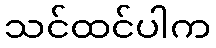
သင်ထင်ပါက